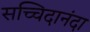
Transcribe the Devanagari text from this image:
सच्चिदानंदा